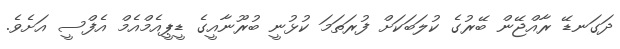
ދަގަނޑޭ ރާއްޖޭން ބޭރުގެ ކުލަބަކަށް ފުރަތަމަ ކުޅުނީ ބުރޫނާއީގެ ޑީޕީއެމްއެމް އެފްސީ އަށެވެ.